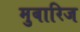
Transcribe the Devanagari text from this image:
मुबारिज